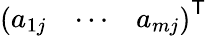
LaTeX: {\left(\begin{array}{lll}{a_{1j}}&{\cdots}&{a_{mj}}\end{array}\right)}^{\textsf{T}}